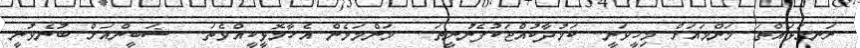
ރަނގަޅައްތަ މަންމައަށް މިހީވަނީ.. ކަމުދާކުއްޖަކުފެނުނީތަ..  މަންމަމެން އެހާމޮޅީކީއްވެތަ..  ޝަބީންއަށް ބުނެވުނީ